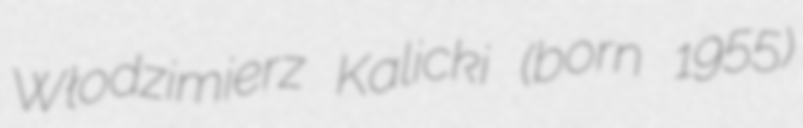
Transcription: Włodzimierz Kalicki (born 1955)